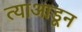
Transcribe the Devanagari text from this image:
त्याआडून